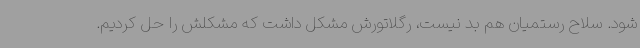
شود. سلاح رستمیان هم بد نیست، رگلاتورش مشکل داشت که مشکلش را حل کردیم.